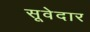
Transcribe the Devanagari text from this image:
सूवेदार